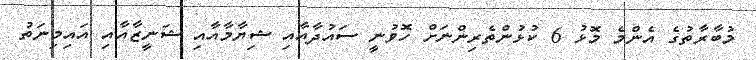
މުބާރާތުގެ އެންމެ މޮޅު 6 ކުޅުންތެރިންނަށް ހޮވުނީ ސައުދާއާއި ޝިޔާމާއާއި ޝަނީޒާއާއި އައިމިނަތު